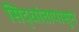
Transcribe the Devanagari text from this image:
सिद्धांतापासून